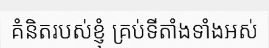
គំនិតរបស់ខ្ញុំ គ្រប់ទីតាំងទាំងអស់